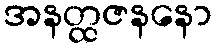
အနတ္ထဇနနော